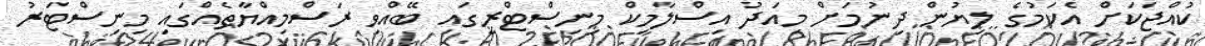
ކުއްޖަކަށް އެކަމުގެ ލިޔުން ދިނުމަށް މިއަދު އިސްލާމިކް މިނިސްޓްރީގައި ބޭއްވި ރަސްމިއްޔާތެއްގައި މިނިސްޓަރު